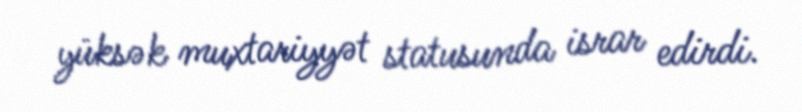
yüksək muxtariyyət statusunda israr edirdi.